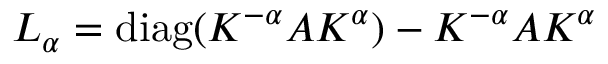
L _ { \alpha } = \mathrm { d i a g } ( K ^ { - \alpha } A K ^ { \alpha } ) - K ^ { - \alpha } A K ^ { \alpha }